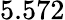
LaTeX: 5.572